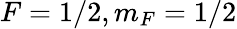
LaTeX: F=1/2,m_{F}=1/2